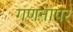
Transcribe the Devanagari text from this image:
गणनापर